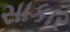
સાકાર